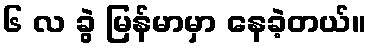
၆ လ ခွဲ မြန်မာမှာ နေခဲ့တယ်။